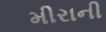
મીરાની